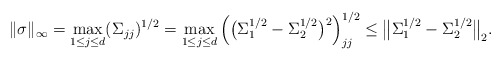
\begin{align*} \|\sigma\|_\infty &= \max_{1 \leq j \leq d} (\Sigma_{j j})^{1/2} = \max_{1 \leq j \leq d} \Big(\big(\Sigma_1^{1/2} - \Sigma_2^{1/2}\big)^2\Big)_{j j}^{1/2} \leq \big\|\Sigma_1^{1/2} - \Sigma_2^{1/2}\big\|_2. \end{align*}